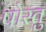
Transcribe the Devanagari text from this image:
पोस्तु